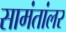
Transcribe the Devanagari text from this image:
सामंतांलर